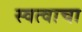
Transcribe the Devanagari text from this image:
स्वत्वाचा